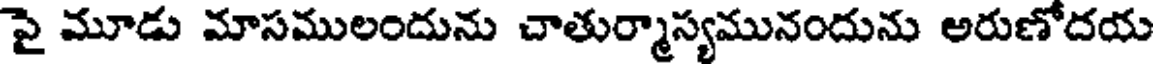
పై మూడు మాసములందును చాతుర్మాస్యమునందును అరుణోదయ